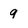
Character: 9